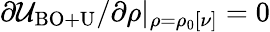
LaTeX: \partial{\cal U}_{\mathrm{BO+U}}/\partial\rho\vert_{\rho=\rho_{0}[\nu]}=0